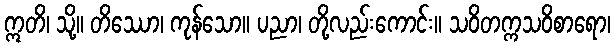
ဣတိ၊ သို့။ တိဿော၊ ကုန်သော။ ပညာ၊ တို့လည်းကောင်း။ သဝိတက္ကသဝိစာရော၊